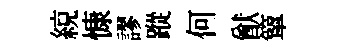
綂慷謬蹤何猷簞